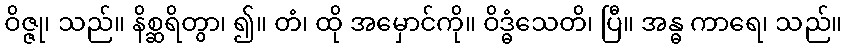
ဝိဇ္ဇု၊ သည်။ နိစ္ဆရိတွာ၊ ၍။ တံ၊ ထို အမှောင်ကို။ ဝိဒ္ဓံသေတိ၊ ပြီ။ အန္ဓ ကာရေ၊ သည်။